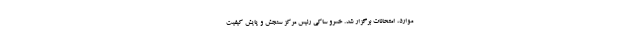
موارد، امتحانات برگزار شد. خسرو ساکی رئیس مرکز سنجش و پایش کیفیت